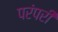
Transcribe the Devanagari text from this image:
परंपरी